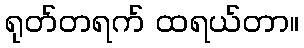
ရုတ်တရက် ထရယ်တာ။